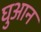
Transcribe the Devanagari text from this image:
घुआन